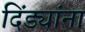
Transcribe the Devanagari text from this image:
दिंड्यांना